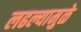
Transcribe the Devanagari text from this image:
लढल्यामुळे